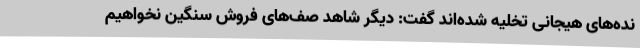
نده‌های هیجانی تخلیه شده‌اند گفت: دیگر شاهد صف‌های فروش سنگین نخواهیم